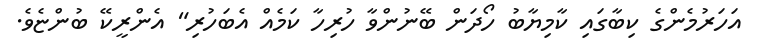
އަހަރުމެންގެ ކިބާގައި ކާމިޔާބު ހޯދަން ބޭނުންވާ ހުރިހާ ކަމެއް އެބަހުރި" އެންރީކޭ ބުންޏެވެ.